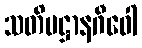
သတိပဋ္ဌာနဂီဝေါ